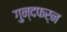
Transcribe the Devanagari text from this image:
गुन्दफर्न